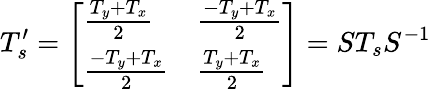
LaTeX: T_{s}^{\prime}=\left[\begin{array}{ll}{\frac{T_{y}+T_{x}}{2}}&{\frac{-T_{y}+T_{x}}{2}}\\ {\frac{-T_{y}+T_{x}}{2}}&{\frac{T_{y}+T_{x}}{2}}\end{array}\right]=ST_{s}S^{-1}